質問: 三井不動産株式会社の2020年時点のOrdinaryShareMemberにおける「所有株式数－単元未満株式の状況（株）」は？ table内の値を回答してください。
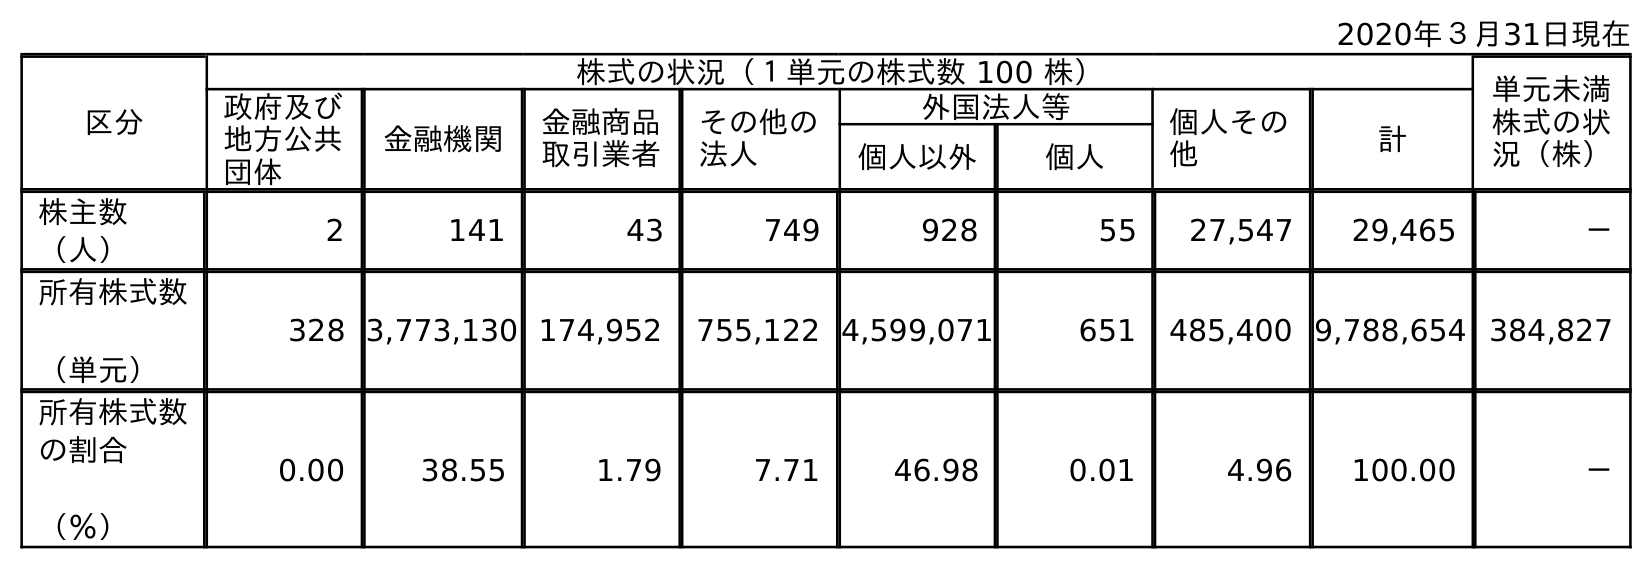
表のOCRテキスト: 2020年３月31日現在 区分 株式の状況（１単元の株式数 100 株） 単元未満 株式の状 況（株） 政府及び 地方公共 団体 金融機関 金融商品 取引業者 その他の 法人 外国法人等 個人その 他 計 個人以外 個人 株主数 （人） 2 141 43 749 928 55 27,547 29,465 － 所有株式数 （単元） 328 3,773,130 174,952 755,122 4,599,071 651 485,400 9,788,654 384,827 所有株式数 の割合 （％） 0.00 38.55 1.79 7.71 46.98 0.01 4.96 100.00 －
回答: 384,827